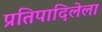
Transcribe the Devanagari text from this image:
प्रतिपादिलेला